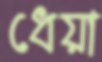
ধেয়া